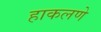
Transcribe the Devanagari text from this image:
हाकलणे